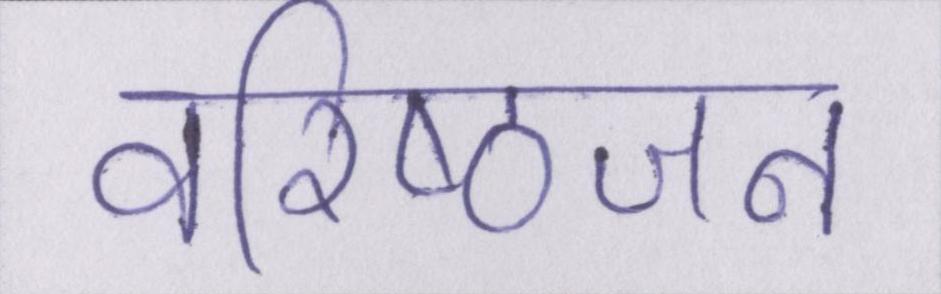
वरिष्ठजन